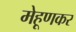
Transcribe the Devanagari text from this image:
मेहूणकर